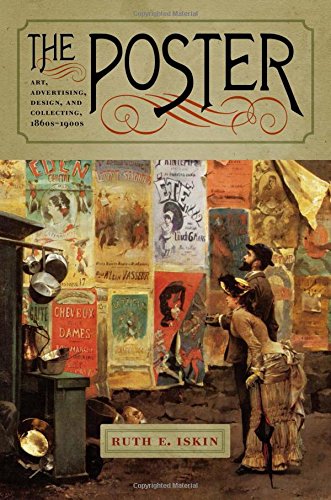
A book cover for The Poster: Art, Advertising, Design, and Collecting, 1860s-1900s (Interfaces: Studies in Visual Culture); Ruth E. Iskin; Crafts, Hobbies & Home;